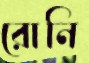
রোনি